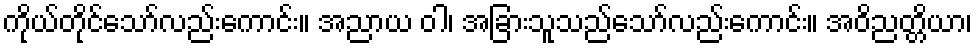
ကိုယ်တိုင်သော်လည်းကောင်း။ အညာယ ဝါ၊ အခြားသူသည်သော်လည်းကောင်း။ အဝိညတ္တိယာ၊